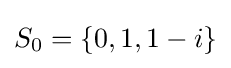
S_{0}=\{0,1,1-i\}